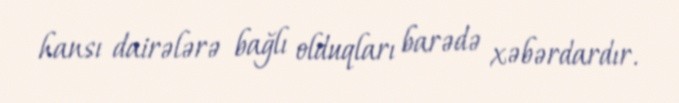
hansı dairələrə bağlı olduqları barədə xəbərdardır.